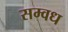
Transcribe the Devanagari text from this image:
सम्वध